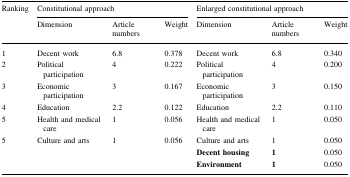
<table><thead><tr><td rowspan="2"><b>Ranking</b></td><td colspan="3"><b>Constitutional approach</b></td><td colspan="3"><b>Enlarged constitutional approach</b></td></tr><tr><td><b>Dimension</b></td><td><b>Article numbers</b></td><td><b>Weight</b></td><td><b>Dimension</b></td><td><b>Article numbers</b></td><td><b>Weight</b></td></tr></thead><tbody><tr><td>1</td><td>Decent work</td><td>6.8</td><td>0.378</td><td>Decent work</td><td>6.8</td><td>0.340</td></tr><tr><td>2</td><td>Political participation</td><td>4</td><td>0.222</td><td>Political participation</td><td>4</td><td>0.200</td></tr><tr><td>3</td><td>Economic participation</td><td>3</td><td>0.167</td><td>Economic participation</td><td>3</td><td>0.150</td></tr><tr><td>4</td><td>Education</td><td>2.2</td><td>0.122</td><td>Education</td><td>2.2</td><td>0.110</td></tr><tr><td>5</td><td>Health and medical care</td><td>1</td><td>0.056</td><td>Health and medical care</td><td>1</td><td>0.050</td></tr><tr><td>5</td><td>Culture and arts</td><td>1</td><td>0.056</td><td>Culture and arts</td><td>1</td><td>0.050</td></tr><tr><td></td><td></td><td></td><td></td><td><b>Decent housing</b></td><td><b>1</b></td><td>0.050</td></tr><tr><td></td><td></td><td></td><td></td><td><b>Environment</b></td><td><b>1</b></td><td>0.050</td></tr></tbody></table>